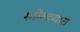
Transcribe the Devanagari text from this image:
स्टील्टग्रास